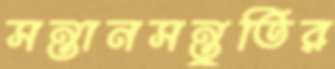
সন্তানসন্তুতির